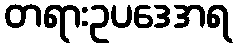
တရားဥပဒေအရ